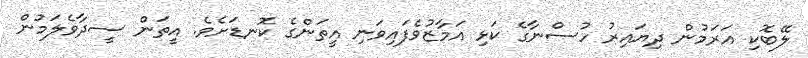
ލޭބޮކި އަރަމުން ދިޔައިރު ހުސްނާގެ ކަޅި އަމާޒުވެފައިވަނި އީތަންގެ ކޮނޑަށެވެ. އީތަން ސީދާވެލަމުން